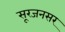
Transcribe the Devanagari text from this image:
सूरजनसर